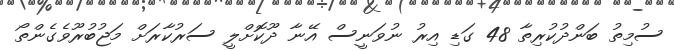
ސުމިތު ބަންދުކުރިތާ 48 ގަޑި އިރު ނުވަނީސް އޭނާ ދޫކޮށްލީ ސަރުކާރަށް މަޖުބުރޫވެގެންތޯ